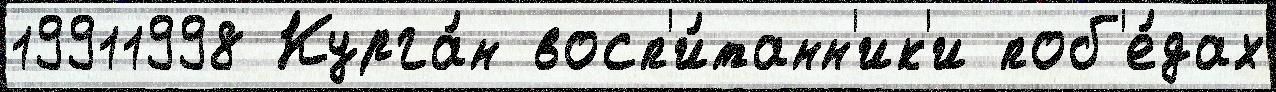
19911998 Курга́н восп'и́танн'ик'и поб'е́дах